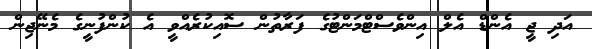
އަދި ޖީ އެންޑް އެލް އިންވެސްޓްމަންޓުގެ ފަރާތުން ސޮއިކުރެއްވީ އެ ކުންފުނީގެ މެނޭޖިން